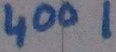
Text: 4001